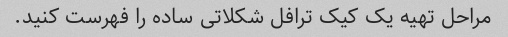
مراحل تهیه یک کیک ترافل شکلاتی ساده را فهرست کنید.